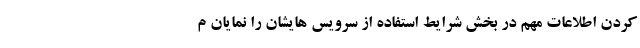
کردن اطلاعات مهم در بخش شرایط استفاده از سرویس هایشان را نمایان م